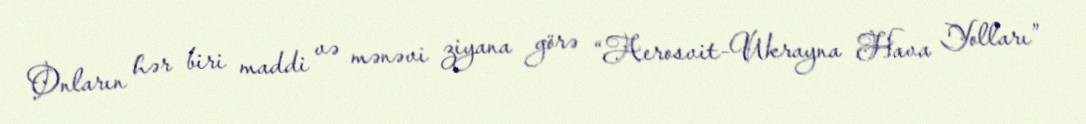
Onların hər biri maddi və mənəvi ziyana görə “Aerosvit-Ukrayna Hava Yolları”